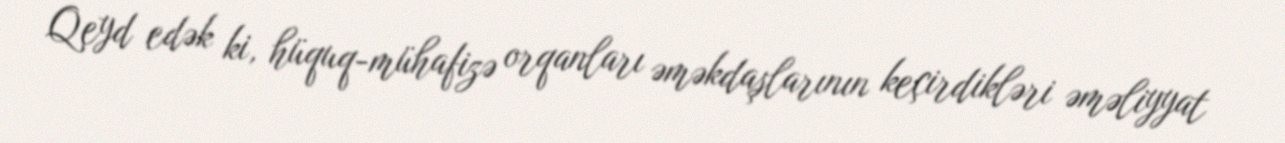
Qeyd edək ki, hüquq-mühafizə orqanları əməkdaşlarının keçirdikləri əməliyyat